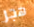
هجر